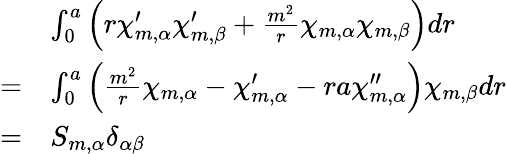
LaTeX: \begin{array}{rl}&{\int_{0}^{a}\left(r\chi_{m,\alpha}^{\prime}\chi_{m,\beta}^{\prime}+\frac{m^{2}}{r}\chi_{m,\alpha}\chi_{m,\beta}\right)dr}\\ {=}&{\int_{0}^{a}\left(\frac{m^{2}}{r}\chi_{m,\alpha}-\chi_{m,\alpha}^{\prime}-ra\chi_{m,\alpha}^{\prime\prime}\right)\chi_{m,\beta}dr}\\ {=}&{S_{m,\alpha}\delta_{\alpha\beta}}\end{array}